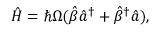
\hat { H } = \hbar \Omega ( \hat { \beta } \hat { a } ^ { \dagger } + \hat { \beta } ^ { \dagger } \hat { a } ) ,